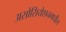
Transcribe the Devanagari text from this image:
असोसियेशनमधील